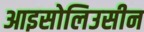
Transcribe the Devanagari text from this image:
आइसोलिउसीन